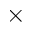
\times